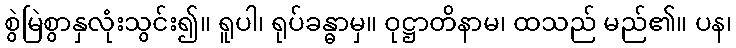
စွဲမြဲစွာနှလုံးသွင်း၍။ ရူပါ၊ ရုပ်ခန္ဓာမှ။ ဝုဋ္ဌာတိနာမ၊ ထသည် မည်၏။ ပန၊